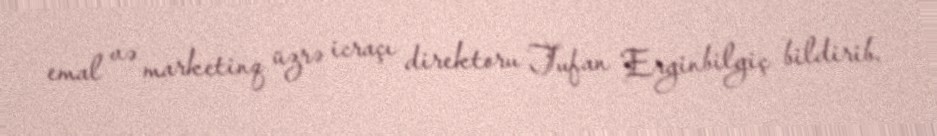
emal və marketinq üzrə icraçı direktoru Tufan Erginbilgiç bildirib.